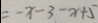
= - x - 3 - x + 5